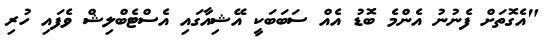
"އެގޮތަށް ފެނުނު އެންމެ ބޮޑު އެއް ސަބަބަކީ އޭޝިއާގައި އެސްޓެބްލިޝް ވެފައި ހުރި